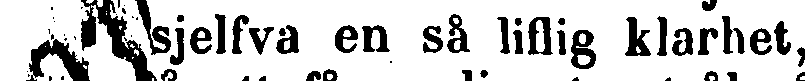
# sjelfva en så liflig klarhet,